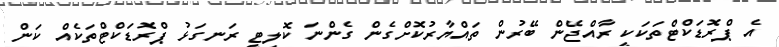
އެ ޕްރޮޑަކްޓްތަކަކީ ރާއްޖޭން ބޭރުން ތައްޔާރުކޮށްގެން ގެންނަ ކޮލިޓީ ރަނގަޅު ޕްރޮޑަކްޓްތަކެއް ކަން